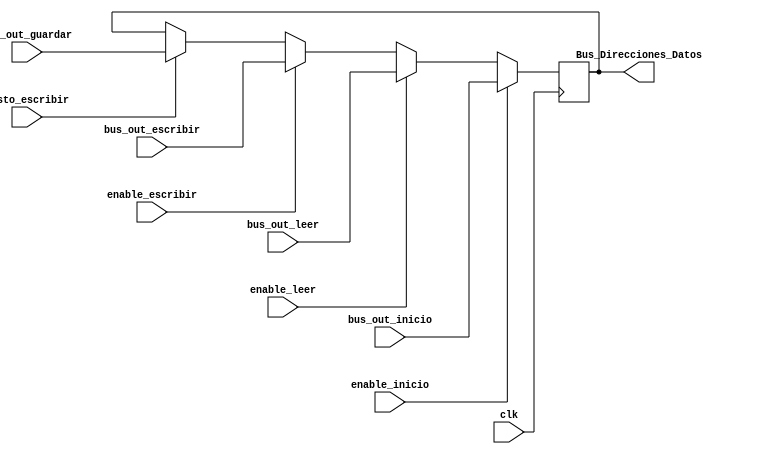
`timescale 1ns / 1ps
//Al igual que con el bloque control_RD_WR, hay varios bloques que utilizan el bus de salida de los datos, por lo que es necesario elegir
//cual de todos ser el que le enve el dato al RTC
module Selector_bus_out(
	 input clk,
    input enable_inicio, enable_leer, enable_escribir, listo_escribir, //Seales desde la FSM y del bloque Control_Escritura
    input [7:0] bus_out_inicio, bus_out_escribir, bus_out_guardar, bus_out_leer, //Buses de salida de los diferentes bloques
	 output reg [7:0]Bus_Direcciones_Datos //Bus de datos de salida dirigido hacia el RTC
    );

always @(posedge clk)
begin
	if (enable_inicio==1'b1) //Si de la FSM el enable de inicio est activo, entonces el bus de salida sera el de inicio, de igual
	// manera para los dems buses de salida
		Bus_Direcciones_Datos<=bus_out_inicio;
	else  if (enable_leer==1'b1)
		Bus_Direcciones_Datos<=bus_out_leer;
	else if (enable_escribir==1'b1)
		Bus_Direcciones_Datos<=bus_out_escribir;
	else if (listo_escribir==1'b1)
		Bus_Direcciones_Datos<=bus_out_guardar;
	else Bus_Direcciones_Datos<=Bus_Direcciones_Datos;
	
	
	
end

endmodule